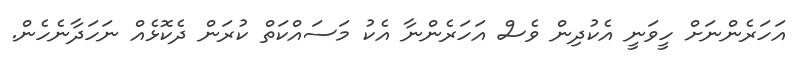
އަހަރެންނަށް ހީވަނީ އެކުދިން ވެސް އަހަރެންނާ އެކު މަސައްކަތް ކުރަން ދެކޮޅެއް ނަހަދާނެހެން.